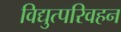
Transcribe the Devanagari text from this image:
विद्युत्परिवहन